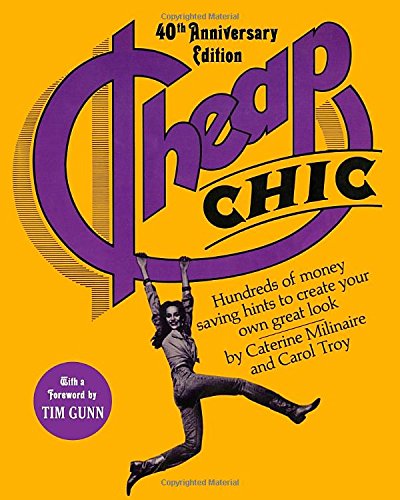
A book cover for Cheap Chic: Hundreds of Money-Saving Hints to Create Your Own Great Look; Caterine Milinaire; Arts & Photography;